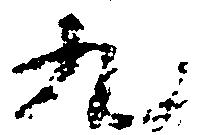
九